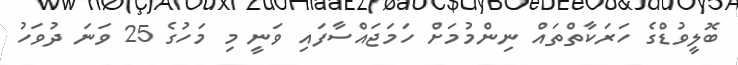
ބޮލީވުޑްގެ ހަރަކާތްތައް ނިންމުމަށް ހަމަޖައްސާފައި ވަނީ މި މަހުގެ 25 ވަނަ ދުވަހު